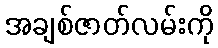
အချစ်ဇာတ်လမ်းကို